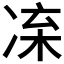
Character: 𠗛